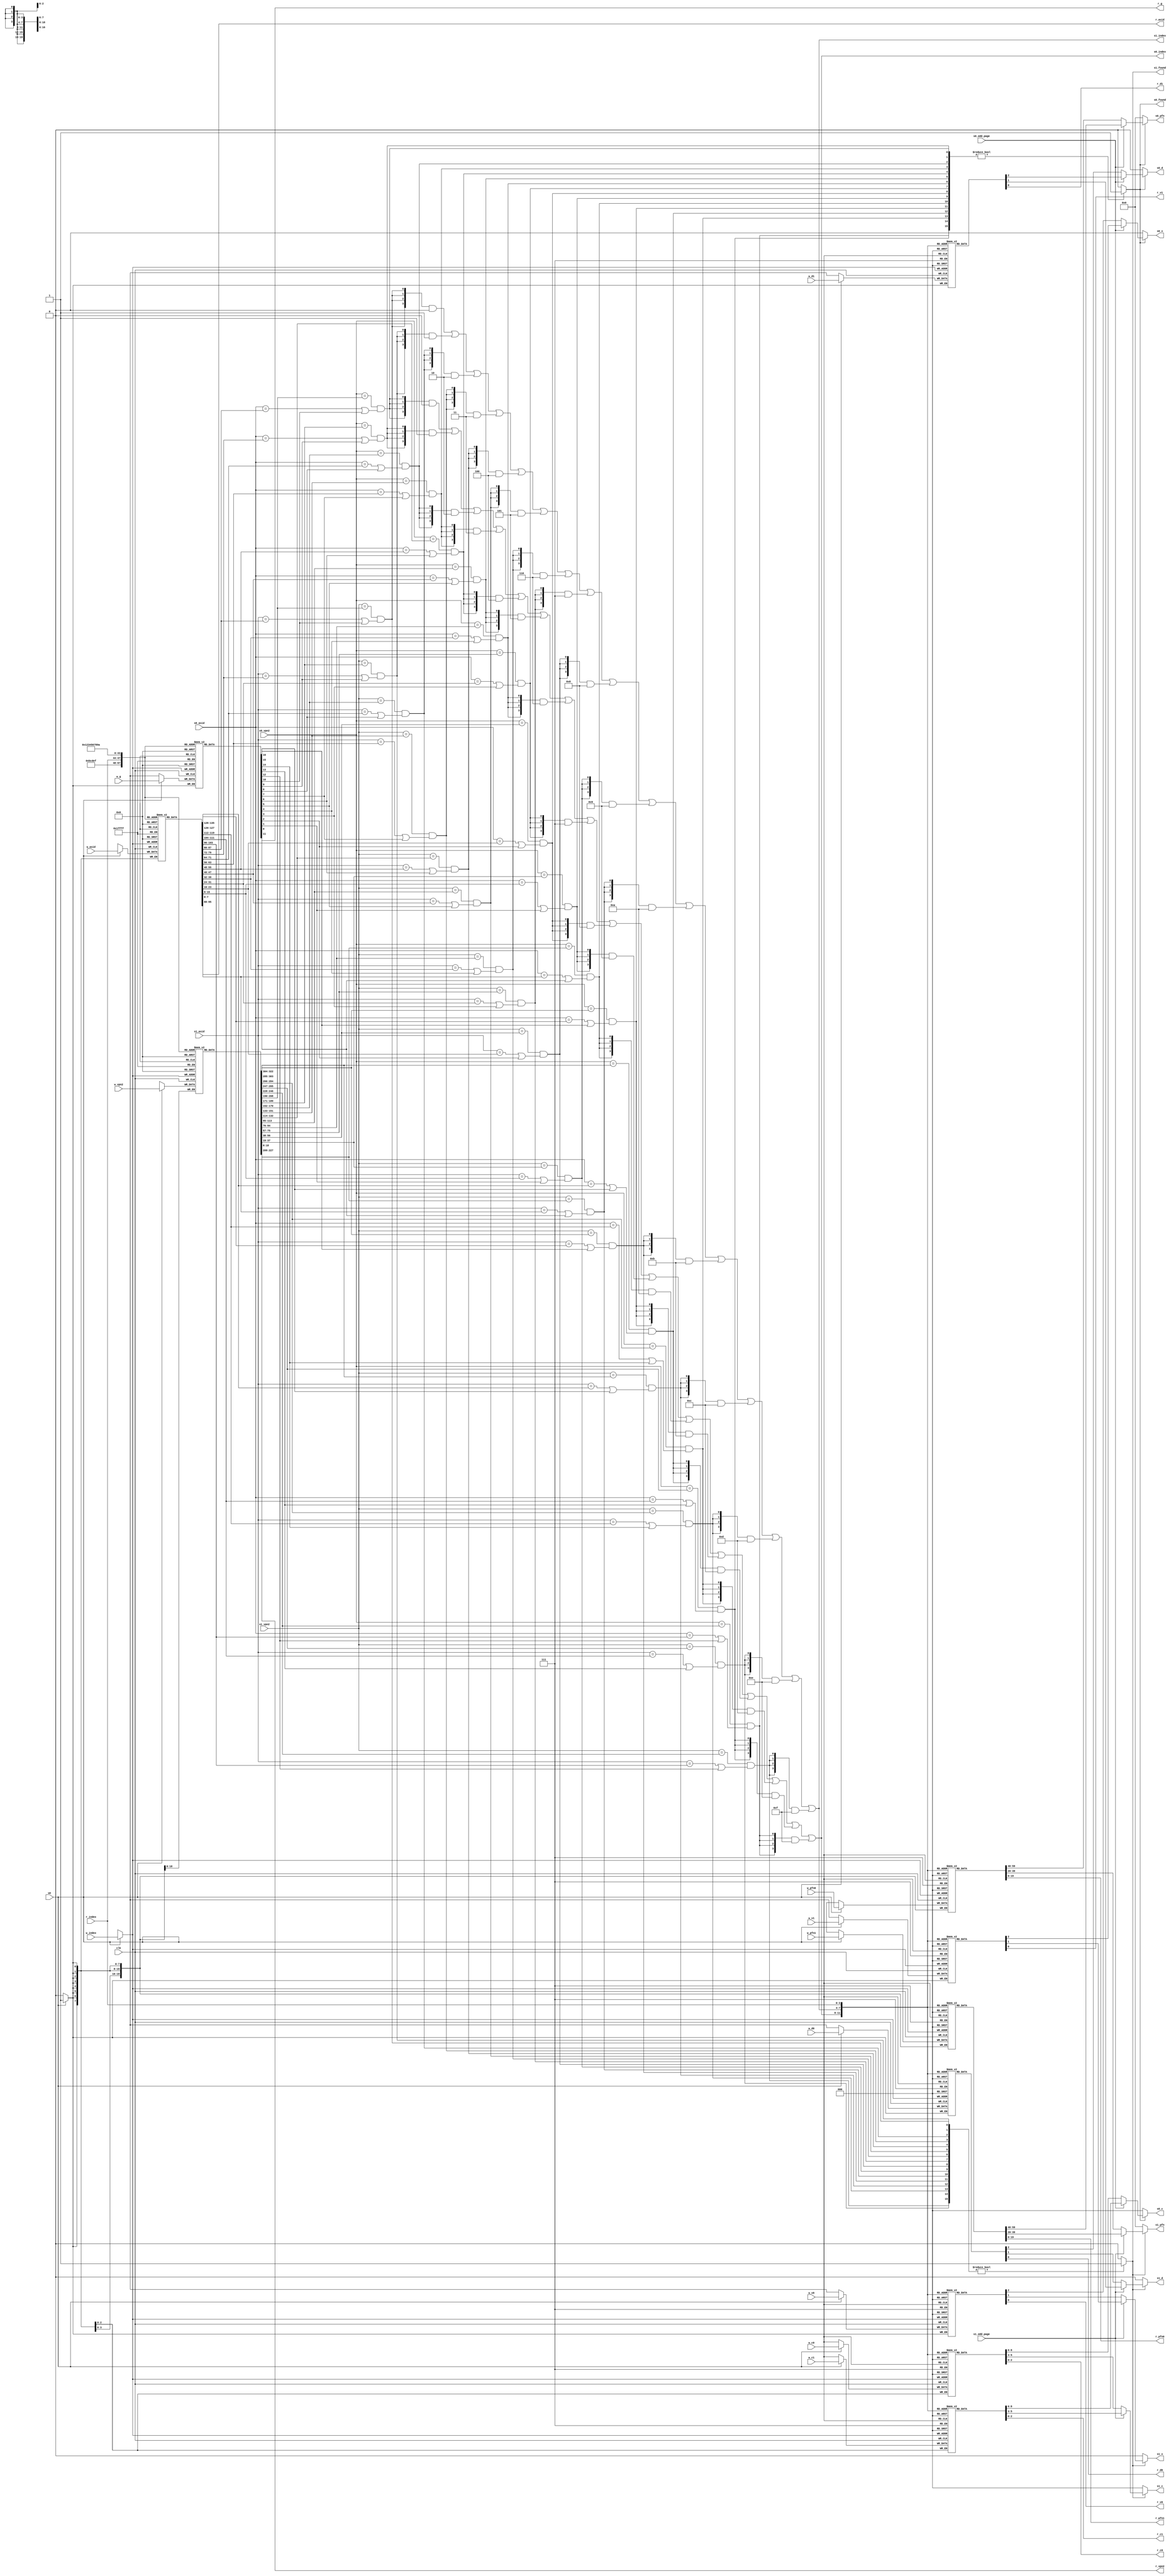
module tlb 
#(
parameter TLBNUM = 16 
)
(
     input                       clk, 
    // search port 0
     input  [              18:0] s0_vpn2,
     input                       s0_odd_page,     
     input  [               7:0] s0_asid,     
     output                      s0_found,     
     output [$clog2(TLBNUM)-1:0] s0_index,     
     output [              19:0] s0_pfn,     
     output [               2:0] s0_c,     
     output                      s0_d,     
     output                      s0_v, 
    // search port 1     
     input  [              18:0] s1_vpn2,     
     input                       s1_odd_page,     
     input  [               7:0] s1_asid,     
     output                      s1_found,     
     output [$clog2(TLBNUM)-1:0] s1_index,     
     output [              19:0] s1_pfn,     
     output [               2:0] s1_c,     
     output                      s1_d,     
     output                      s1_v, 
    // write port     
     input                       we,      
     input  [$clog2(TLBNUM)-1:0] w_index,     
     input  [              18:0] w_vpn2,     
     input  [               7:0] w_asid,     
     input                       w_g,     
     input  [              19:0] w_pfn0,     
     input  [               2:0] w_c0,     
     input                       w_d0, 
     input                       w_v0,     
     input  [              19:0] w_pfn1,     
     input  [               2:0] w_c1,     
     input                       w_d1,     
     input                       w_v1, 
     // read port     
     input  [$clog2(TLBNUM)-1:0] r_index,     
     output [              18:0] r_vpn2,     
     output [               7:0] r_asid,     
     output                      r_g,     
     output [              19:0] r_pfn0,     
     output [               2:0] r_c0,     
     output                      r_d0,     
     output                      r_v0,     
     output [              19:0] r_pfn1,     
     output [               2:0] r_c1,     
     output                      r_d1,     
     output                      r_v1 
     ); 
     
    reg  [      18:0] tlb_vpn2     [TLBNUM-1:0]; 
    reg  [       7:0] tlb_asid     [TLBNUM-1:0]; 
    reg               tlb_g        [TLBNUM-1:0]; 
    reg  [      19:0] tlb_pfn0     [TLBNUM-1:0]; 
    reg  [       2:0] tlb_c0       [TLBNUM-1:0]; 
    reg               tlb_d0       [TLBNUM-1:0]; 
    reg               tlb_v0       [TLBNUM-1:0]; 
    reg  [      19:0] tlb_pfn1     [TLBNUM-1:0]; 
    reg  [       2:0] tlb_c1       [TLBNUM-1:0]; 
    reg               tlb_d1       [TLBNUM-1:0]; 
    reg               tlb_v1       [TLBNUM-1:0]; 
     

    wire [TLBNUM-1:0] match0;
    wire [TLBNUM-1:0] match1;

    assign match0[ 0] = (s0_vpn2==tlb_vpn2[ 0]) && ((s0_asid==tlb_asid[ 0]) || tlb_g[ 0]); 
    assign match0[ 1] = (s0_vpn2==tlb_vpn2[ 1]) && ((s0_asid==tlb_asid[ 1]) || tlb_g[ 1]);
    assign match0[ 2] = (s0_vpn2==tlb_vpn2[ 2]) && ((s0_asid==tlb_asid[ 2]) || tlb_g[ 2]);
    assign match0[ 3] = (s0_vpn2==tlb_vpn2[ 3]) && ((s0_asid==tlb_asid[ 3]) || tlb_g[ 3]);
    assign match0[ 4] = (s0_vpn2==tlb_vpn2[ 4]) && ((s0_asid==tlb_asid[ 4]) || tlb_g[ 4]);
    assign match0[ 5] = (s0_vpn2==tlb_vpn2[ 5]) && ((s0_asid==tlb_asid[ 5]) || tlb_g[ 5]);
    assign match0[ 6] = (s0_vpn2==tlb_vpn2[ 6]) && ((s0_asid==tlb_asid[ 6]) || tlb_g[ 6]);
    assign match0[ 7] = (s0_vpn2==tlb_vpn2[ 7]) && ((s0_asid==tlb_asid[ 7]) || tlb_g[ 7]);
    assign match0[ 8] = (s0_vpn2==tlb_vpn2[ 8]) && ((s0_asid==tlb_asid[ 8]) || tlb_g[ 8]);
    assign match0[ 9] = (s0_vpn2==tlb_vpn2[ 9]) && ((s0_asid==tlb_asid[ 9]) || tlb_g[ 9]);
    assign match0[10] = (s0_vpn2==tlb_vpn2[10]) && ((s0_asid==tlb_asid[10]) || tlb_g[10]);
    assign match0[11] = (s0_vpn2==tlb_vpn2[11]) && ((s0_asid==tlb_asid[11]) || tlb_g[11]);
    assign match0[12] = (s0_vpn2==tlb_vpn2[12]) && ((s0_asid==tlb_asid[12]) || tlb_g[12]);
    assign match0[13] = (s0_vpn2==tlb_vpn2[13]) && ((s0_asid==tlb_asid[13]) || tlb_g[13]);
    assign match0[14] = (s0_vpn2==tlb_vpn2[14]) && ((s0_asid==tlb_asid[14]) || tlb_g[14]);
    assign match0[15] = (s0_vpn2==tlb_vpn2[15]) && ((s0_asid==tlb_asid[15]) || tlb_g[15]); 

    assign match1[ 0] = (s1_vpn2==tlb_vpn2[ 0]) && ((s1_asid==tlb_asid[ 0]) || tlb_g[ 0]); 
    assign match1[ 1] = (s1_vpn2==tlb_vpn2[ 1]) && ((s1_asid==tlb_asid[ 1]) || tlb_g[ 1]);
    assign match1[ 2] = (s1_vpn2==tlb_vpn2[ 2]) && ((s1_asid==tlb_asid[ 2]) || tlb_g[ 2]);
    assign match1[ 3] = (s1_vpn2==tlb_vpn2[ 3]) && ((s1_asid==tlb_asid[ 3]) || tlb_g[ 3]);
    assign match1[ 4] = (s1_vpn2==tlb_vpn2[ 4]) && ((s1_asid==tlb_asid[ 4]) || tlb_g[ 4]);
    assign match1[ 5] = (s1_vpn2==tlb_vpn2[ 5]) && ((s1_asid==tlb_asid[ 5]) || tlb_g[ 5]);
    assign match1[ 6] = (s1_vpn2==tlb_vpn2[ 6]) && ((s1_asid==tlb_asid[ 6]) || tlb_g[ 6]);
    assign match1[ 7] = (s1_vpn2==tlb_vpn2[ 7]) && ((s1_asid==tlb_asid[ 7]) || tlb_g[ 7]);
    assign match1[ 8] = (s1_vpn2==tlb_vpn2[ 8]) && ((s1_asid==tlb_asid[ 8]) || tlb_g[ 8]);
    assign match1[ 9] = (s1_vpn2==tlb_vpn2[ 9]) && ((s1_asid==tlb_asid[ 9]) || tlb_g[ 9]);
    assign match1[10] = (s1_vpn2==tlb_vpn2[10]) && ((s1_asid==tlb_asid[10]) || tlb_g[10]);
    assign match1[11] = (s1_vpn2==tlb_vpn2[11]) && ((s1_asid==tlb_asid[11]) || tlb_g[11]);
    assign match1[12] = (s1_vpn2==tlb_vpn2[12]) && ((s1_asid==tlb_asid[12]) || tlb_g[12]);
    assign match1[13] = (s1_vpn2==tlb_vpn2[13]) && ((s1_asid==tlb_asid[13]) || tlb_g[13]);
    assign match1[14] = (s1_vpn2==tlb_vpn2[14]) && ((s1_asid==tlb_asid[14]) || tlb_g[14]);
    assign match1[15] = (s1_vpn2==tlb_vpn2[15]) && ((s1_asid==tlb_asid[15]) || tlb_g[15]); 
    //search 0
    assign s0_found = (match0 != 16'd0) ? 1'b1 : 1'b0;
    assign s0_index =  ({4{match0[ 0]}} & 4'd0 )
                     | ({4{match0[ 1]}} & 4'd1 )
                     | ({4{match0[ 2]}} & 4'd2 )
                     | ({4{match0[ 3]}} & 4'd3 )
                     | ({4{match0[ 4]}} & 4'd4 )
                     | ({4{match0[ 5]}} & 4'd5 )
                     | ({4{match0[ 6]}} & 4'd6 )
                     | ({4{match0[ 7]}} & 4'd7 )
                     | ({4{match0[ 8]}} & 4'd8 )
                     | ({4{match0[ 9]}} & 4'd9 )
                     | ({4{match0[10]}} & 4'd10)
                     | ({4{match0[11]}} & 4'd11)
                     | ({4{match0[12]}} & 4'd12)
                     | ({4{match0[13]}} & 4'd13)
                     | ({4{match0[14]}} & 4'd14)
                     | ({4{match0[15]}} & 4'd15);
    assign s0_pfn = s0_found ? (s0_odd_page ? tlb_pfn1[s0_index] : tlb_pfn0[s0_index]) :  20'd0 ;
    assign s0_c   = s0_found ? (s0_odd_page ? tlb_c1[s0_index] : tlb_c0[s0_index]) :  3'd0;
    assign s0_d   = s0_found ? (s0_odd_page ? tlb_d1[s0_index]: tlb_d0[s0_index]) :  1'd0;  
    assign s0_v   = s0_found ? (s0_odd_page ? tlb_v1[s0_index]: tlb_v0[s0_index]) :  1'd0;  
    //search1 
    assign s1_found = (match1 != 16'd0) ? 1'b1 : 1'b0;
    assign s1_index =  ({4{match1[ 0]}} & 4'd0 )
                     | ({4{match1[ 1]}} & 4'd1 )
                     | ({4{match1[ 2]}} & 4'd2 )
                     | ({4{match1[ 3]}} & 4'd3 )
                     | ({4{match1[ 4]}} & 4'd4 )
                     | ({4{match1[ 5]}} & 4'd5 )
                     | ({4{match1[ 6]}} & 4'd6 )
                     | ({4{match1[ 7]}} & 4'd7 )
                     | ({4{match1[ 8]}} & 4'd8 )
                     | ({4{match1[ 9]}} & 4'd9 )
                     | ({4{match1[10]}} & 4'd10)
                     | ({4{match1[11]}} & 4'd11)
                     | ({4{match1[12]}} & 4'd12)
                     | ({4{match1[13]}} & 4'd13)
                     | ({4{match1[14]}} & 4'd14)
                     | ({4{match1[15]}} & 4'd15);
    assign s1_pfn = s1_found ? (s1_odd_page ? tlb_pfn1[s1_index] : tlb_pfn0[s1_index]) :  20'd0 ;
    assign s1_c   = s1_found ? (s1_odd_page ? tlb_c1[s1_index] : tlb_c0[s1_index]) :  3'd0;
    assign s1_d   = s1_found ? (s1_odd_page ? tlb_d1[s1_index] : tlb_d0[s1_index]) :  1'd0;  
    assign s1_v   = s1_found ? (s1_odd_page ? tlb_v1[s1_index] : tlb_v0[s1_index]) :  1'd0; 
    //read        
    assign r_vpn2 = tlb_vpn2[r_index];
    assign r_asid = tlb_asid[r_index];
    assign r_g    = tlb_g   [r_index];
    assign r_pfn0 = tlb_pfn0[r_index];
    assign r_c0   = tlb_c0  [r_index];
    assign r_d0   = tlb_d0  [r_index];
    assign r_v0   = tlb_v0  [r_index];
    assign r_pfn1 = tlb_pfn1[r_index];
    assign r_c1   = tlb_c1  [r_index];
    assign r_d1   = tlb_d1  [r_index];
    assign r_v1   = tlb_v1  [r_index];                       
    //write
    always@(posedge clk) 
    begin
    if(we) 
        tlb_vpn2[w_index] <= w_vpn2;
    end
    always@(posedge clk) 
    begin
    if(we) 
        tlb_asid[w_index] <= w_asid;
    end
    always@(posedge clk) 
    begin
    if(we) 
        tlb_g[w_index] <= w_g;
    end
    always@(posedge clk) 
    begin
    if(we) 
        tlb_pfn0[w_index] <= w_pfn0;
    end
    always@(posedge clk) 
    begin
    if(we) 
        tlb_c0[w_index] <= w_c0;
    end
    always@(posedge clk) 
    begin
    if(we) 
        tlb_d0[w_index] <= w_d0;
    end
    always@(posedge clk) 
    begin
    if(we) 
        tlb_v0[w_index] <= w_v0;
    end
    always@(posedge clk) 
    begin
    if(we) 
        tlb_pfn1[w_index] <= w_pfn1;
    end
    always@(posedge clk) 
    begin
    if(we) 
        tlb_c1[w_index] <= w_c1;
    end
    always@(posedge clk) 
    begin
    if(we) 
        tlb_d1[w_index] <= w_d1;
    end
    always@(posedge clk) 
    begin
    if(we) 
        tlb_v1[w_index] <= w_v1;
    end
    endmodule